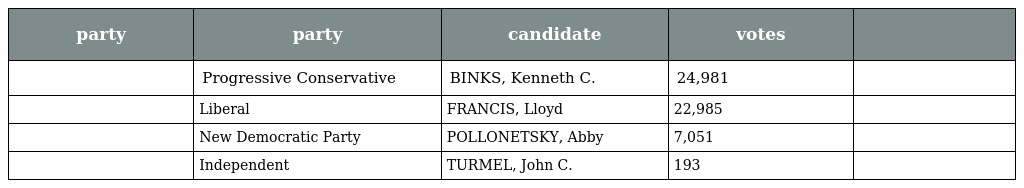
| party | party | candidate | votes |  |
 | --- | --- | --- | --- | --- |
 |  | Progressive Conservative | BINKS, Kenneth C. | 24,981 |  |
 |  | Liberal | FRANCIS, Lloyd | 22,985 |  |
 |  | New Democratic Party | POLLONETSKY, Abby | 7,051 |  |
 |  | Independent | TURMEL, John C. | 193 |  |